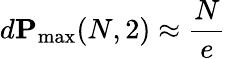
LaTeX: d\mathbf{P}_{\operatorname*{max}}(N,2)\approx\frac{N}{e}